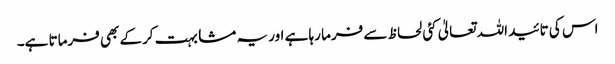
اس کی تائید اللہ تعالیٰ کئی لحاظ سے فرما رہا ہے اور یہ مشابہت کرکے بھی فرماتا ہے۔